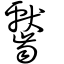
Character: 齾